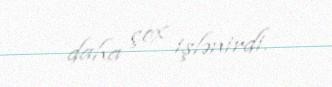
daha çox işlənirdi.